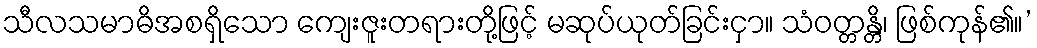
သီလသမာဓိအစရှိသော ကျေးဇူးတရားတို့ဖြင့် မဆုပ်ယုတ်ခြင်းငှာ။ သံဝတ္တန္တိ၊ ဖြစ်ကုန်၏။’